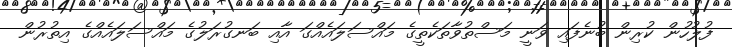
ފުލުހުން ކުރިން ބުނެފައި ވަނީ މަސްތުވާތަކެތީގެ މައްސަލައެއްގަ އާއި ބަނގުރަލުގެ މައްސަލައެއްގެ އިތުރުން